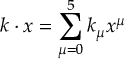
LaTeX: k \cdot x = \sum _ { \mu = 0 } ^ { 5 } k _ { \mu } x ^ { \mu }